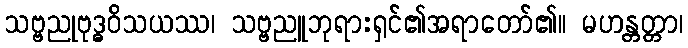
သဗ္ဗညုဗုဒ္ဓဝိသယဿ၊ သဗ္ဗညူဘုရားရှင်၏အရာတော်၏။ မဟန္တတ္တာ၊